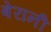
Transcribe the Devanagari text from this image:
बेरानी